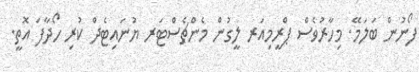
ފޯނުން ބަލަމޭ. މިހާރުވެސް ޕްރީމިއަރ ލީގުން މެންޗެސްޓަރ ޔުނައިޓެދް ކުރި ހޯދާފަ އޮތީ.